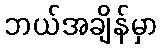
ဘယ်အချိန်မှာ